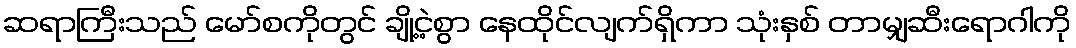
ဆရာကြီးသည် မော်စကိုတွင် ချို့ငဲ့စွာ နေထိုင်လျက်ရှိကာ သုံးနှစ် တာမျှဆီးရောဂါကို